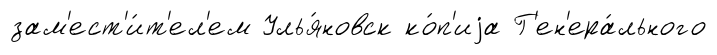
зам'ест'и́т'ел'ем Улья́новск ко́п'иjа Г'ен'ера́льного